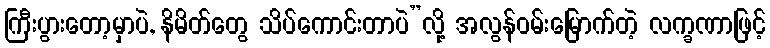
ကြီးပွားတော့မှာပဲ, နိမိတ်တွေ သိပ်ကောင်းတာပဲ”လို့ အလွန်ဝမ်းမြောက်တဲ့ လက္ခဏာဖြင့်